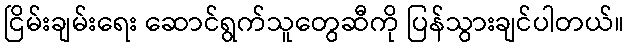
ငြိမ်းချမ်းရေး ဆောင်ရွက်သူတွေဆီကို ပြန်သွားချင်ပါတယ်။